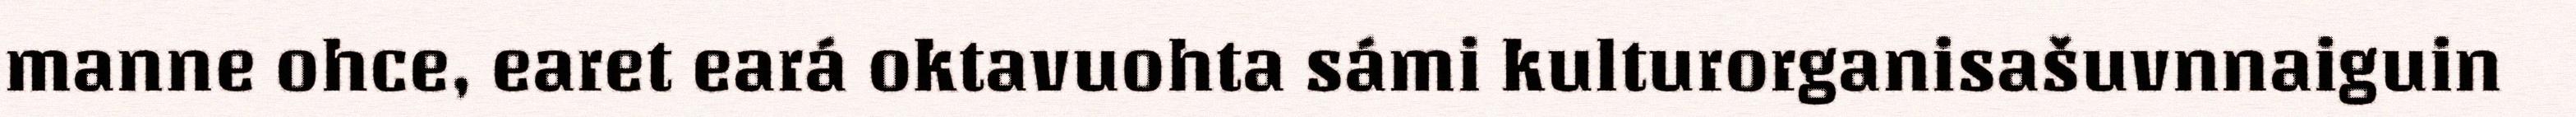
manne ohce, earet eará oktavuohta sámi kulturorganisašuvnnaiguin